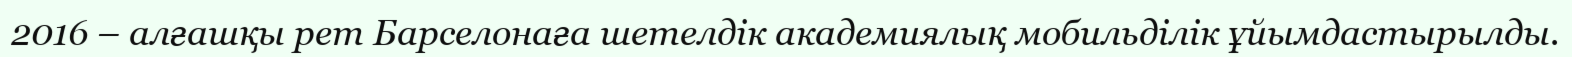
2016 – алғашқы рет Барселонаға шетелдік академиялық мобильділік ұйымдастырылды.